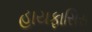
હાયફાસિસ